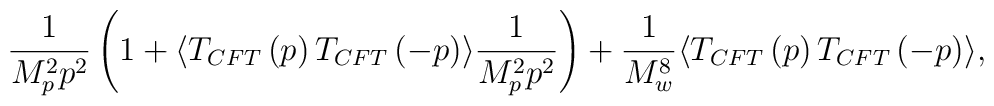
\frac{1}{M_p^2 p^2}\left( 1 + \langle T_{CFT}\left( p\right) T_{CFT}\left(    -p\right)\rangle \frac{1}{M_p ^2p^2}\right) + \frac{1}{M_w^8}\langle T_{CFT}\left( p\right) T_{CFT} \left( -p\right)\rangle ,